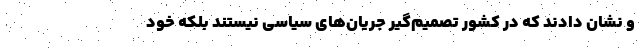
و نشان دادند که در کشور تصمیم‌گیر جریان‌های سیاسی نیستند بلکه خود